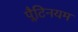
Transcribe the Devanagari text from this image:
प्लैटिनयम